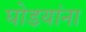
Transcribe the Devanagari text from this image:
घोडयांना